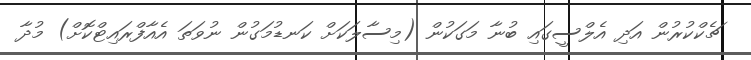
ޗެކްކުރުން އަދި އެލްސީގައި ބުނާ މަގަކުން (މިސާލަކަށް ކަނޑުމަގުން ނުވަތަ އެއާފްރައިޓްކޮށް) މުދާ